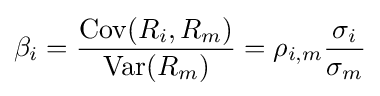
\beta _{i}={\frac {\mathrm {Cov} (R_{i},R_{m})}{\mathrm {Var} (R_{m})}}=\rho _{i,m}{\frac {\sigma _{i}}{\sigma _{m}}}